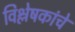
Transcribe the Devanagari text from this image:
विश्लेषकांचे